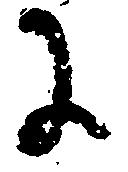
に